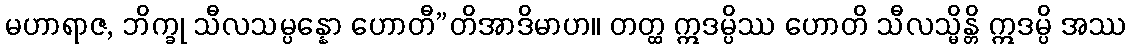
မဟာရာဇ, ဘိက္ခု သီလသမ္ပန္နော ဟောတီ”တိအာဒိမာဟ။ တတ္ထ ဣဒမ္ပိဿ ဟောတိ သီလသ္မိန္တိ ဣဒမ္ပိ အဿ